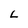
Character: L